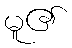
မူ၏